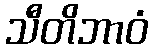
သီတိဘာဝံ